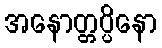
အနောတ္တပ္ပိနော